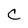
Character: C